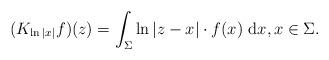
LaTeX: \begin{align*}( K_{\ln|x|} f ) (z) = \int_{\Sigma} \ln |z-x| \cdot f(x) \ \mathrm{d} x , x \in \Sigma . \end{align*}